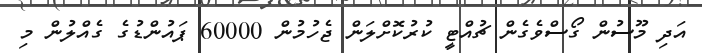
އަދި މޫސުން ގޯސްވެގެން ޗުއްޓީ ކުރުކޮށްލަން ޖެހުމުން 60000 ޕައުންޑުގެ ގެއްލުން މި